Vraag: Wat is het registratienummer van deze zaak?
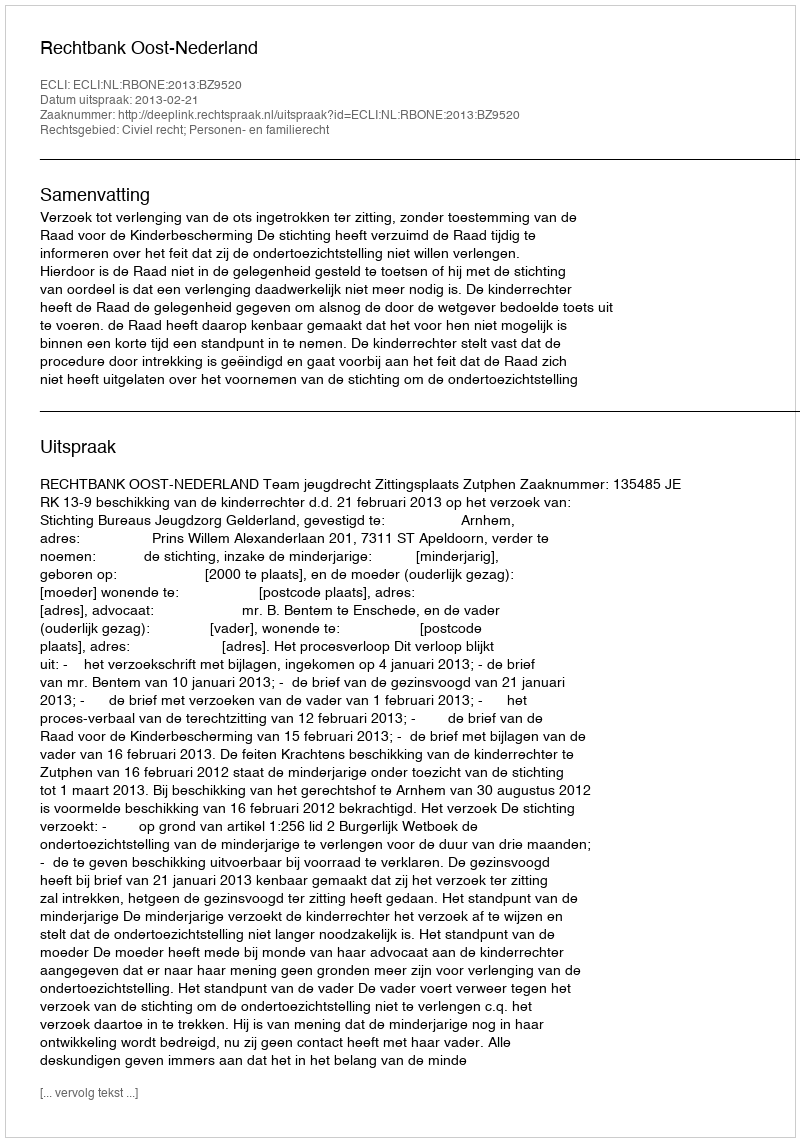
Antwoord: http://deeplink.rechtspraak.nl/uitspraak?id=ECLI:NL:RBONE:2013:BZ9520